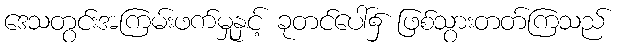
ဒေသတွင်းအကြမ်းဖက်မှုနှင့် ခုတင်ပေါ်၌ ဖြစ်သွားတတ်ကြသည်